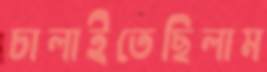
চালাইতেছিলাম